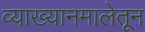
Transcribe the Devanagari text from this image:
व्याख्यानमालेतून